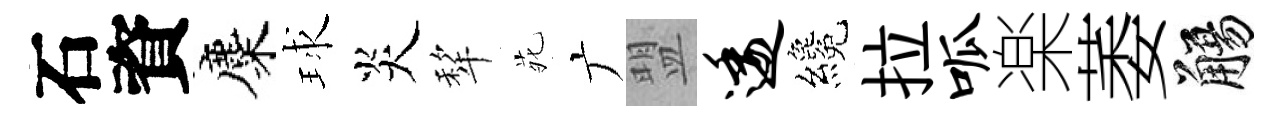
石資麋球炎犂𫟍广盟逶纔拉呱楽萎觴